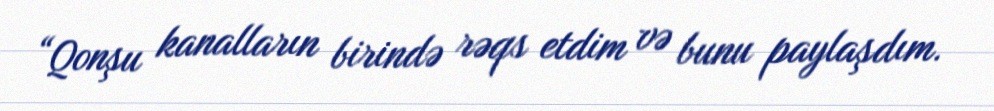
“Qonşu kanalların birində rəqs etdim və bunu paylaşdım.